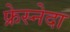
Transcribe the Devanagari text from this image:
फ्रेस्नेदा